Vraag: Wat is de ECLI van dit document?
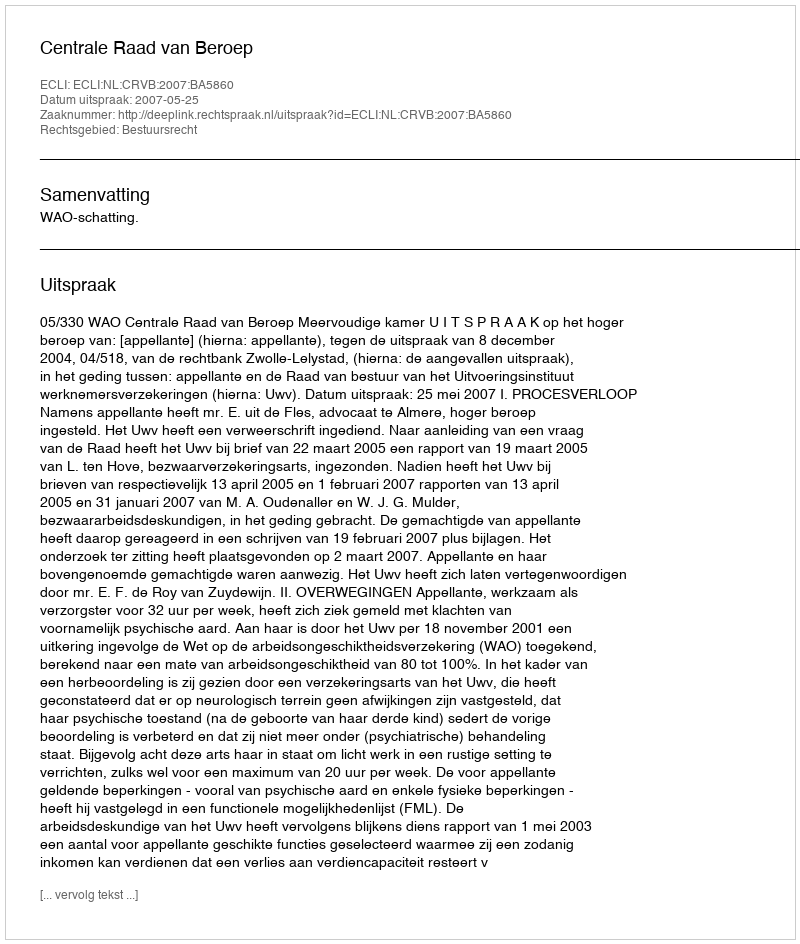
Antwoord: ECLI:NL:CRVB:2007:BA5860